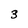
Character: 3